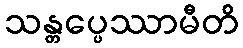
သန္တပ္ပေဿာမီတိ